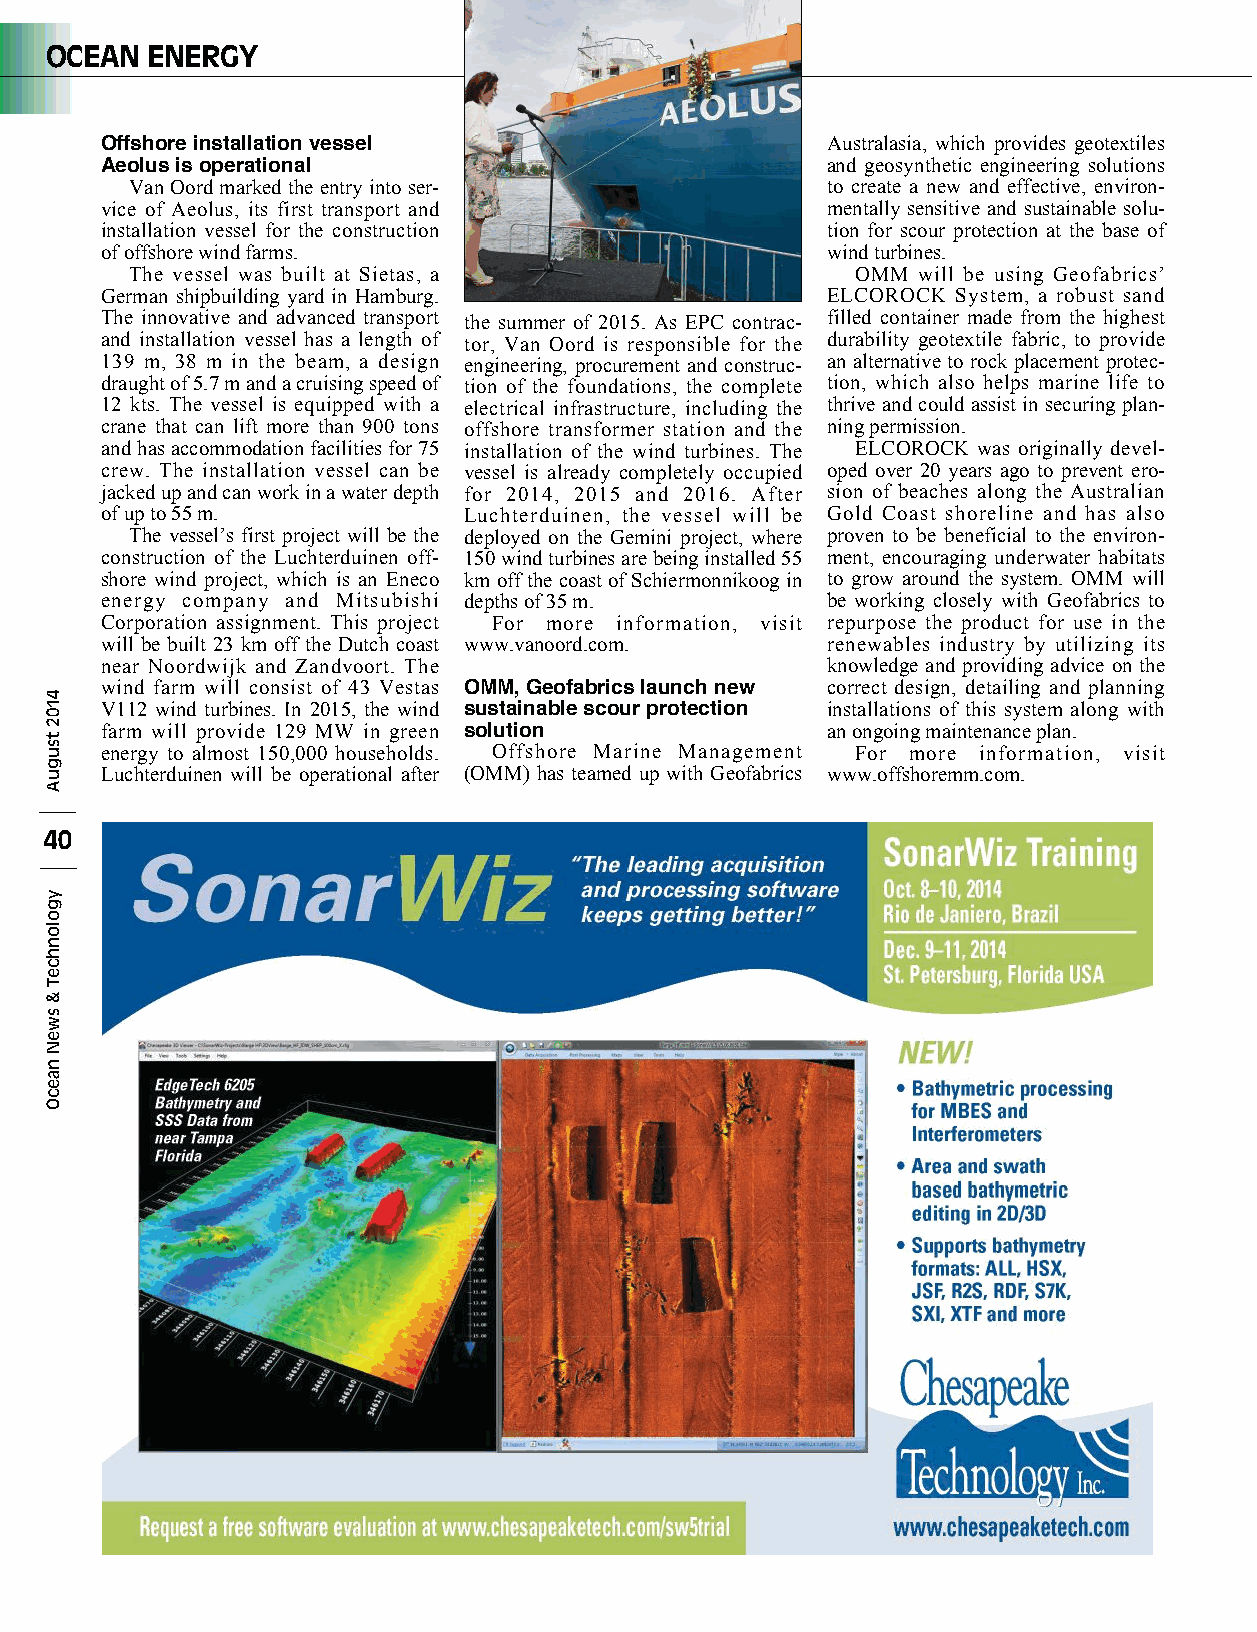
OCEAN  ENERGY
 Offshore installation vessel                    Australasia, which provides geotextiles
 Aeolus is operational                           and geosynthetic engineering solutions
 Van Oord marked the entry into ser-           to create a new and effective, environ-
 vice of Aeolus, its first transport and         mentally sensitive and sustainable solu-
 installation vessel for the construction        tion for scour protection at the base of
 of offshore wind farms.                         wind turbines.
 The vessel was built at Sietas, a               OMM will be using Geofabrics’
 German shipbuilding yard in Hamburg.            ELCOROCK System, a robust sand
 The innovative and advanced transport the summer of 2015. As EPC contrac- filled container made from the highest
 and installation vessel has a length of tor, Van Oord is responsible for the durability geotextile fabric, to provide
 139 m, 38 m in the beam, a design engineering, procurement and construc- an alternative to rock placement protec-
 draught of 5.7 m and a cruising speed of tion of the foundations, the complete tion, which also helps marine life to
 12 kts. The vessel is equipped with a electrical infrastructure, including the thrive and could assist in securing plan-
 crane that can lift more than 900 tons offshore transformer station and the ning permission.
 and has accommodation facilities for 75 installation of the wind turbines. The ELCOROCK was originally devel-
 crew. The installation vessel can be vessel is already completely occupied oped over 20 years ago to prevent ero-
 jacked up and can work in a water depth for 2014, 2015 and 2016. After sion of beaches along the Australian
 of up to 55 m.          Luchterduinen, the vessel will be Gold Coast shoreline and has also
 The vessel’s first project will be the deployed on the Gemini project, where proven to be beneficial to the environ-
 construction of the Luchterduinen off- 150 wind turbines are being installed 55 ment, encouraging underwater habitats
 shore wind project, which is an Eneco km off the coast of Schiermonnikoog in to grow around the system. OMM will
 energy company and Mitsubishi depths of 35 m.   be working closely with Geofabrics to
 Corporation assignment. This project For more information, visit repurpose the product for use in the
 will be built 23 km off the Dutch coast www.vanoord.com. renewables industry by utilizing its
 near Noordwijk and Zandvoort. The               knowledge and providing advice on the
 wind farm will consist of 43 Vestas OMM, Geofabrics launch new correct design, detailing and planning
 V112 wind turbines. In 2015, the wind sustainable scour protection installations of this system along with
 farm will provide 129 MW in green solution      an ongoing maintenance plan.
 energy to almost 150,000 households. Offshore Marine Management For more information, visit
 Luchterduinen will be operational after (OMM) has teamed up with Geofabrics www.offshoremm.com.
 40
 4102
 tsuguA
 ygolonhceT
 &
 sweN
 naecO